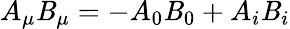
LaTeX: A_{\mu}\mathit{B}_{\mu}=-A_{0}\mathit{B}_{0}+A_{i}\mathit{B}_{i}